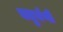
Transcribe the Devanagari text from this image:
चतुर्वर्णी